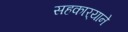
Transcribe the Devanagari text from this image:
सहकार्‍याने